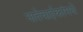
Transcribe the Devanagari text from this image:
नातेवाईकांमधे